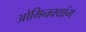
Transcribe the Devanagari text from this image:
ओमिनक्यांग